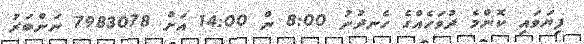
ފިޔަވައި ކޮންމެ ދުވަހެއްގެ ހެނދުނު 8:00 ން 14:00 އަށް 7983078 ނަންބަރު